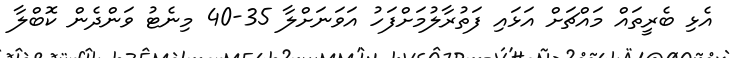
އެޅި ބެރީތައް މައްޗަށް އަޅައި ފަތުރާލުމަށްފަހު އަވަނަށްލާ 35-40 މިނެޓު ވަންދެން ކޮބްލާ